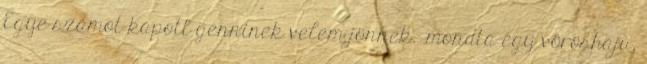
Egye számot kapott genninek velem jönnek.- mondta egy vöröshajú,